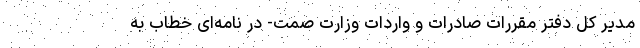
مدیر کل دفتر مقررات صادرات و واردات وزارت صمت- در نامه‌ای خطاب به